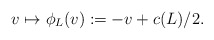
\begin{align*}v\mapsto \phi_{L}(v):=-v+c(L)/2.\end{align*}